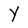
Character: Y